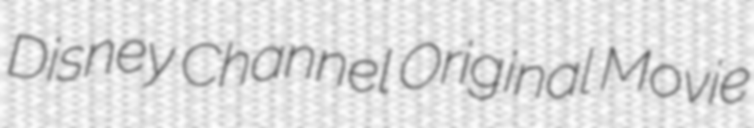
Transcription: Disney Channel Original Movie